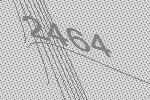
2464